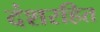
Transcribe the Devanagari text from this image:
दंशरहित